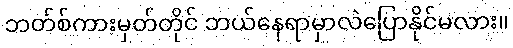
ဘတ်စ်ကားမှတ်တိုင် ဘယ်နေရာမှာလဲပြောနိုင်မလား။